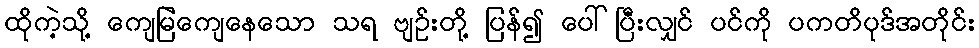
ထိုကဲ့သို့ ကျေမြဲကျေနေသော သရ ဗျဉ်းတို့ ပြန်၍ ပေါ်ပြီးလျှင် ပင်ကို ပကတိပုဒ်အတိုင်း